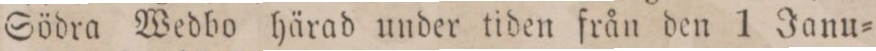
Södra Wedbo härad under tiden från den 1 Janu=